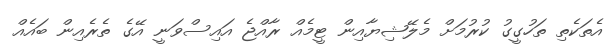
އެތަކެތި ތަހުގީގު ކުރުމަށް މެލޭޝިޔާއިން ޓީމެއް ރާއްޖެ އައިސްވަނީ އޭގެ ތެރެއިން ބައެއް